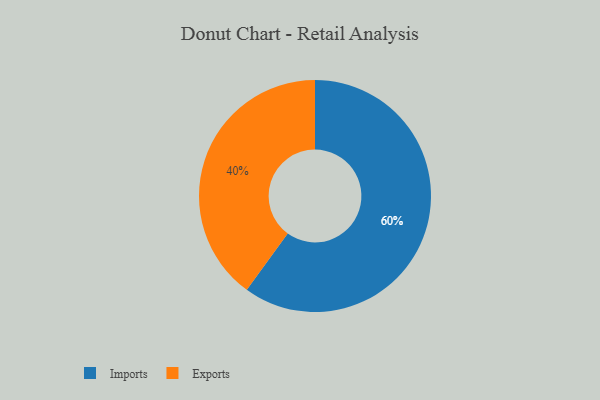
{"axis": {"x": "Category", "y": "Percentage"}, "legend": ["Exports", "Imports"], "data": [{"x": "Imports", "y": 60, "type": "Imports"}, {"x": "Exports", "y": 40, "type": "Exports"}]}